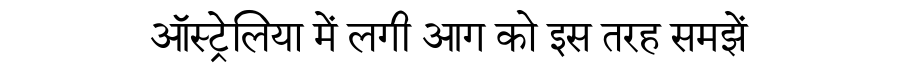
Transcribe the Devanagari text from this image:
ऑस्ट्रेलिया में लगी आग को इस तरह समझें